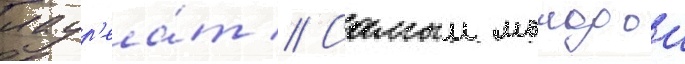
лаур'еа́т // Самыи молодои